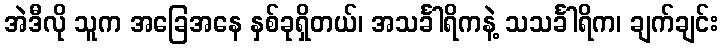
အဲဒီလို သူက အခြေအနေ နှစ်ခုရှိတယ်၊ အသင်္ခါရိကနဲ့ သသင်္ခါရိက၊ ချက်ချင်း